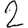
Digit: 2